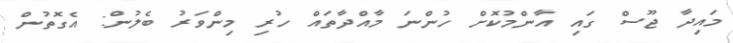
މައިދާ ޖޫސް ގައި އާންމުކޮށް ހުންނަ މާއްދާތައް ހުރި މިންވަރު ބެލުން: އެގޮތުން